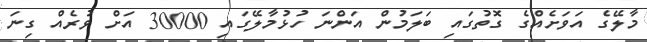
މާލޭގެ އަވަށެެއްގެ ގޮތުގައި ބަލަމުން އަންނަ ހުޅުމާލޭގައި 30000 އަށް ވުރެއް ގިނަ